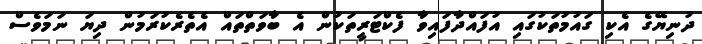
ދުނިޔޭގެ އެކި ގައުމުތަކުގައި އުފައްދާފައިވާ ފެކްޓަރީތަކުން އެ ބާވަތްތައް އެތެރެކުރަމުން ދިޔަ ނަމަވެސް